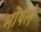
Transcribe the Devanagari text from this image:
भोंषले